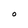
Character: O